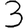
Digit: 3